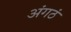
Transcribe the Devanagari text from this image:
अंगठं